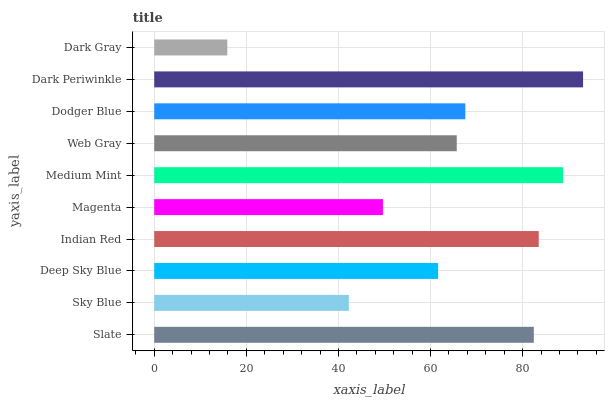
| yaxis_label | bars |
 | --- | --- |
 | Slate | 82.4 |
 | Sky Blue | 42.3 |
 | Deep Sky Blue | 61.6 |
 | Indian Red | 83.5 |
 | Magenta | 49.7 |
 | Medium Mint | 88.8 |
 | Web Gray | 65.7 |
 | Dodger Blue | 67.6 |
 | Dark Periwinkle | 93.1 |
 | Dark Gray | 15.9 |